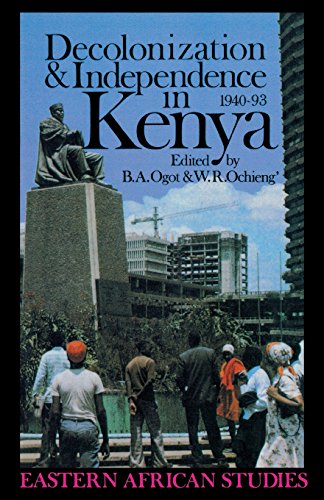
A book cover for Decolonization & Independence In Kenya: 1940-93 (Eastern African Studies); B.A. Ogot; History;